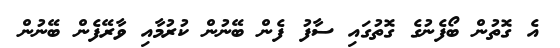
އެ ގޮތުން ބޯފެނުގެ ގޮތުގައި ސާފު ފެން ބޭނުން ކުރުމާއި ވާރޭފެން ބޭނުން